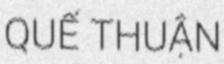
QUẾ THUẬN